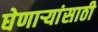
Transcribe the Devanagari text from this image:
घेणाऱ्यांसाठी